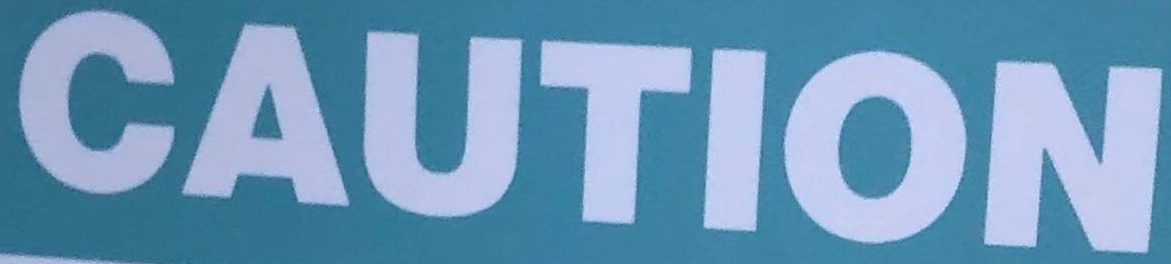
CAUTION